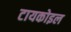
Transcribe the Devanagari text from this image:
टायकोइल